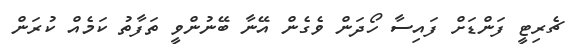
ޗެރިޓީ ފަންޑަށް ފައިސާ ހޯދަން ވެގެން އޭނާ ބޭނުންވީ ތަފާތު ކަމެއް ކުރަން